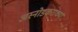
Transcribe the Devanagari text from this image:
अस्नोडकरांच्या